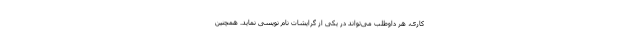
کاری، هر داوطلب می‌تواند در یکی از گرایشات نام نویسی نماید. همچنین